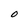
Character: O